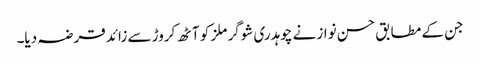
جن کے مطابق حسن نواز نے چوہدری شوگر ملز کو آٹھ کروڑ سے زائد قرضہ دیا۔